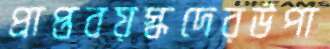
প্রাপ্তবয়স্কদেরউপা